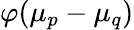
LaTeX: \varphi(\mu_{p}-\mu_{q})